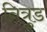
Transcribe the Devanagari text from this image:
नित्रुड